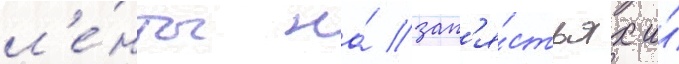
л'е́нты на́ зап'я́стьях и́